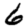
Digit: 6